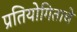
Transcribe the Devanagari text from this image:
प्रतियोगिताचे